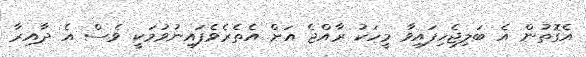
އެގޮތުން އެ ބަލިޖެހިފައިވާ މީހަކު ރާއްޖެ އަށް އެތެރެވެފައިނުވުމަކީ ވެސް އެ ދާއިރާ